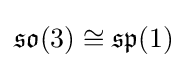
{\mathfrak {so}}(3)\cong {\mathfrak {sp}}(1)